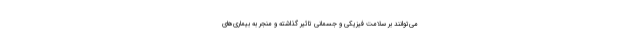
می‌توانند بر سلامت فیزیکی و جسمانی تاثیر گذاشته و منجر به بیماری‌های